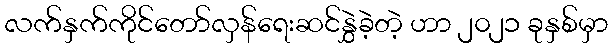
လက်နှက်ကိုင်တော်လှန်ရေးဆင်နွှဲခဲ့တဲ့ ဟာ ၂၀၂၁ ခုနှစ်မှာ